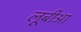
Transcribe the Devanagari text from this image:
लूबीआ